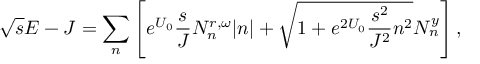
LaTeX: \sqrt { s } E - J = \sum _ { n } \left[ e ^ { U _ { 0 } } \frac { s } { J } N _ { n } ^ { r , \omega } | n | + \sqrt { 1 + e ^ { 2 U _ { 0 } } \frac { s ^ { 2 } } { J ^ { 2 } } n ^ { 2 } } N _ { n } ^ { y } \right] ,